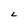
Character: L